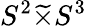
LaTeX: S^{2}{\widetilde{\times}}S^{3}